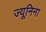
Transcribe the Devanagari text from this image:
ज्यूनिना